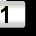
Digit: 1